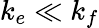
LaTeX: k_{e}\ll k_{f}